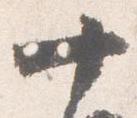
十